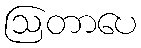
ဩတာပေ